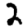
Digit: 2